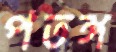
পতঙ্গ